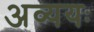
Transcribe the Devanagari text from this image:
अव्ययः